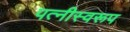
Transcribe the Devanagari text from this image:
पत्नीस्वरूप